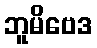
ဘူမိဗေဒ